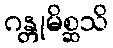
ဂန္တုမိစ္ဆသိ